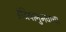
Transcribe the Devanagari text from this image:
इंद्रियानुभवाचा